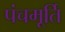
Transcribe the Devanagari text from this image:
पंचमूर्ति